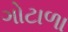
ગોટાળા